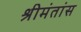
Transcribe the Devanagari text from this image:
श्रीमंतांस